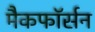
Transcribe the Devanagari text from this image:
मैकफॉर्सन